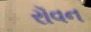
રૉવન